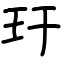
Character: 玗